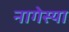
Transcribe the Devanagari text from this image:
नागेस्या